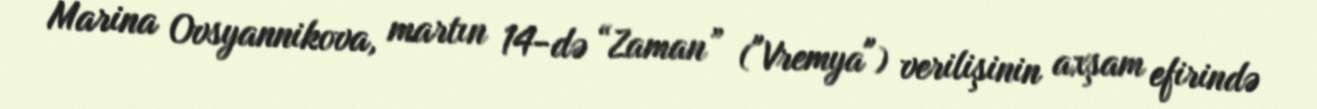
Marina Ovsyannikova, martın 14-də “Zaman” ("Vremya") verilişinin axşam efirində